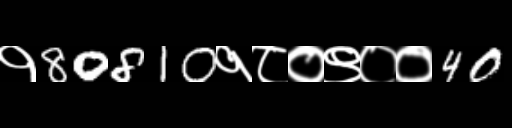
Text: १80810१८०९००40